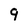
Character: q